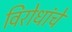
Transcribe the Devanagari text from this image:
विरोधांचे